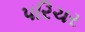
પરિચર